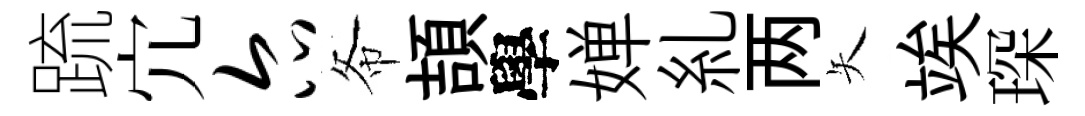
䟽宂尔𢁙頡學婵糺两矢竢琛